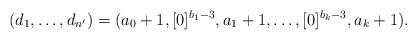
LaTeX: \begin{align*} (d_1, \dots, d_{n'}) =(a_0+1, [0]^{b_1-3}, a_1+1, \dots, [0]^{b_k-3}, a_k+1). \end{align*}